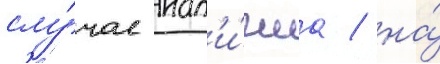
слу́чае нал'и́чиа / на́